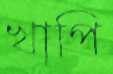
খাপি